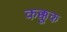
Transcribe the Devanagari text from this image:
कक्कूक